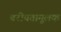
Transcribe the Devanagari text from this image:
बरीयतामूलक